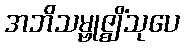
အဘိသမ္ဗုဇ္ဈိံသုပေ